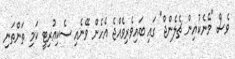
ވެސް "މެނެކުއިން ޗެލެންޖް" ގައި ބައިވެރިވެއްޖެ އެހެން ވޭނެއި ސެކިއުރިޓީ ކަމި ތަންތަނި